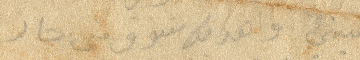
عيني واهديك شوق مني جار